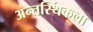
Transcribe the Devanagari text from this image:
अन्तर्स्थिकला